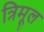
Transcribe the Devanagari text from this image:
त्रिमूल